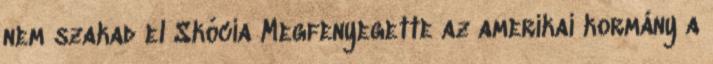
nem szakad el Skócia Megfenyegette az amerikai kormány a